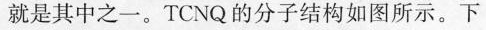
就是其中之一。TCNQ的分子结构如图所示。下